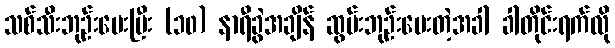
သစ်သီးဘုဉ်းပေးပြီး (၁၀) နာရီခွဲအချိန် ဆွမ်းဘုဉ်းပေးတဲ့အခါ ခါတိုင်းရက်လို